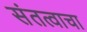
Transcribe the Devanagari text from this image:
संतत्वाचा